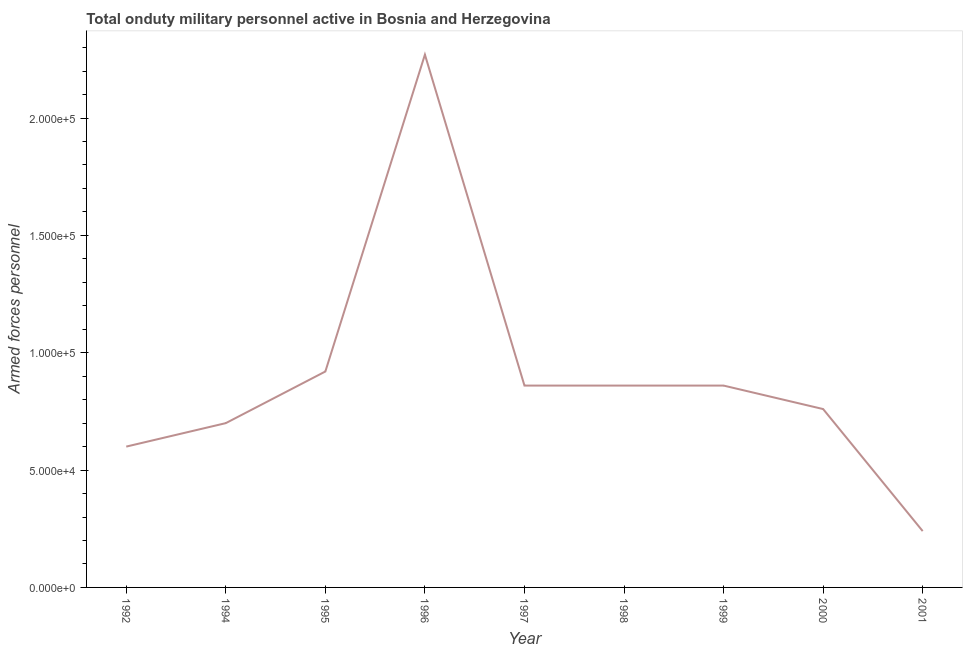
| Year | Armed forces personnel |
 | --- | --- |
 | 1992 | 6e+04 |
 | 1994 | 7e+04 |
 | 1995 | 9.2e+04 |
 | 1996 | 2.27e+05 |
 | 1997 | 8.6e+04 |
 | 1998 | 8.6e+04 |
 | 1999 | 8.6e+04 |
 | 2000 | 7.6e+04 |
 | 2001 | 2.4e+04 |